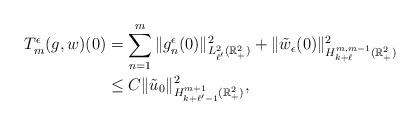
LaTeX: \begin{align*}T^\epsilon_m(g, w)(0)&= \sum^m_{n=1}\| g^\epsilon_n(0)\|_{L^2_{\ell'}(\mathbb{R}^2_+)}^2+\| \tilde{w}_\epsilon(0)\|_{H^{m, m -1}_{k+\ell}(\mathbb{R}^2_+)}^2\\&\le C\| \tilde{u}_0\|_{H^{m+1}_{k + \ell'-1}(\mathbb{R}^2_+)}^2,\end{align*}